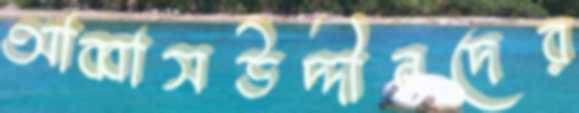
আব্বাসউদ্দীনদের